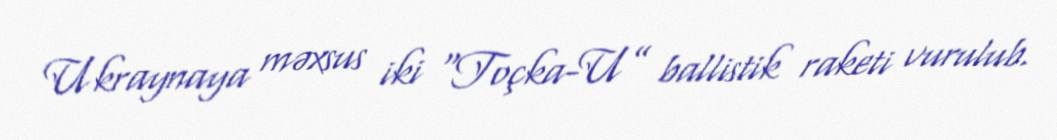
Ukraynaya məxsus iki “Toçka-U” ballistik raketi vurulub.